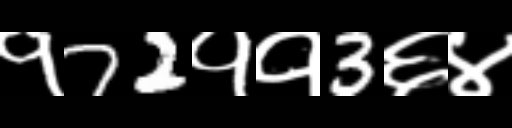
Text: १72११3६४